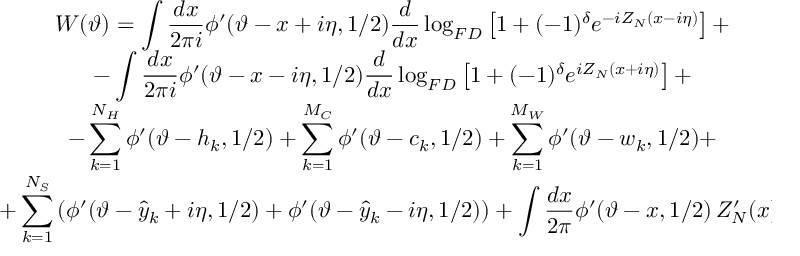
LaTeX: \begin{array} { c } { { \displaystyle W ( \vartheta ) = \displaystyle \int \displaystyle \frac { d x } { 2 \pi i } \phi ^ { \prime } ( \vartheta - x + i \eta , 1 / 2 ) \displaystyle \frac { d } { d x } \log _ { F D } \left[ 1 + ( - 1 ) ^ { \delta } e ^ { - i Z _ { N } ( x - i \eta ) } \right] + } } \\ { { - \displaystyle \int \displaystyle \frac { d x } { 2 \pi i } \phi ^ { \prime } ( \vartheta - x - i \eta , 1 / 2 ) \displaystyle \frac { d } { d x } \log _ { F D } \left[ 1 + ( - 1 ) ^ { \delta } e ^ { i Z _ { N } ( x + i \eta ) } \right] + } } \\ { { - \displaystyle \sum _ { k = 1 } ^ { N _ { H } } \phi ^ { \prime } ( \vartheta - h _ { k } , 1 / 2 ) + \displaystyle \sum _ { k = 1 } ^ { M _ { C } } \phi ^ { \prime } ( \vartheta - c _ { k } , 1 / 2 ) + \displaystyle \sum _ { k = 1 } ^ { M _ { W } } \phi ^ { \prime } ( \vartheta - w _ { k } , 1 / 2 ) + } } \\ { { + \displaystyle \sum _ { k = 1 } ^ { N _ { S } } \left( \phi ^ { \prime } ( \vartheta - \hat { y } _ { k } + i \eta , 1 / 2 ) + \phi ^ { \prime } ( \vartheta - \hat { y } _ { k } - i \eta , 1 / 2 ) \right) + \displaystyle \int \displaystyle \frac { d x } { 2 \pi } \phi ^ { \prime } ( \vartheta - x , 1 / 2 ) \, Z _ { N } ^ { \prime } ( x ) . } } \end{array}